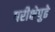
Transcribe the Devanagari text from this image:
परीक्षेपुढे